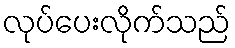
လုပ်ပေးလိုက်သည်